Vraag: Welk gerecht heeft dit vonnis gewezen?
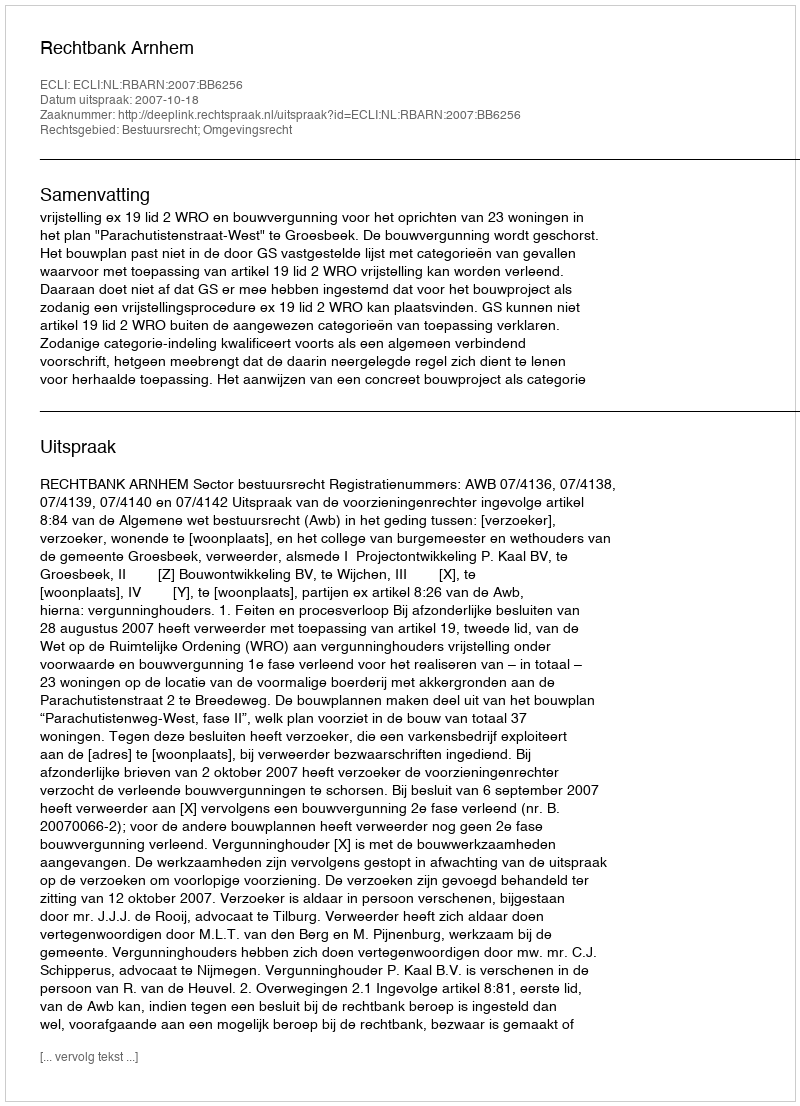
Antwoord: Rechtbank Arnhem